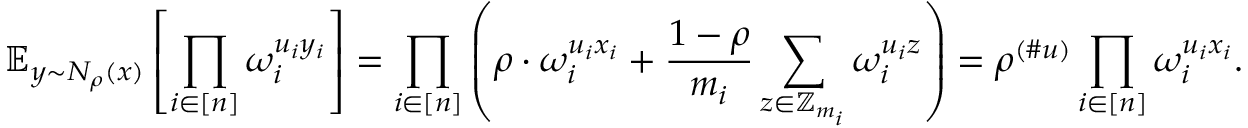
\mathbb { E } _ { y \sim N _ { \rho } ( x ) } \left[ \prod _ { i \in [ n ] } \omega _ { i } ^ { u _ { i } y _ { i } } \right] = \prod _ { i \in [ n ] } \left( \rho \cdot \omega _ { i } ^ { u _ { i } x _ { i } } + \frac { 1 - \rho } { m _ { i } } \sum _ { z \in \mathbb { Z } _ { m _ { i } } } \omega _ { i } ^ { u _ { i } z } \right) = \rho ^ { ( \# u ) } \prod _ { i \in [ n ] } \omega _ { i } ^ { u _ { i } x _ { i } } .